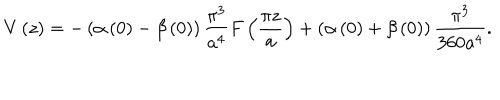
LaTeX: V \left( z \right) = - \left( \alpha \left( 0 \right) - \beta \left( 0 \right) \right) \frac { \pi ^ { 3 } } { a ^ { 4 } } F \left( \frac { \pi z } { a } \right) + \left( \alpha \left( 0 \right) + \beta \left( 0 \right) \right) \frac { \pi ^ { 3 } } { 3 6 0 a ^ { 4 } } .